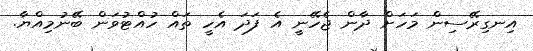
އިނގިރޭސިން މަހަށް ދާން ޖެހޭނީ އެ ފަދަ އެހީ ތައް ހުއްޓުވަން ބޭނުމިއްޔާ.